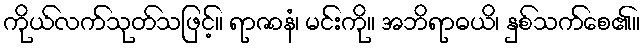
ကိုယ်လက်သုတ်သဖြင့်။ ရာဇာနံ၊ မင်းကို။ အဘိရာဓယိ၊ နှစ်သက်စေ၏။